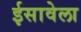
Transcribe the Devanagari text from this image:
ईसावेला